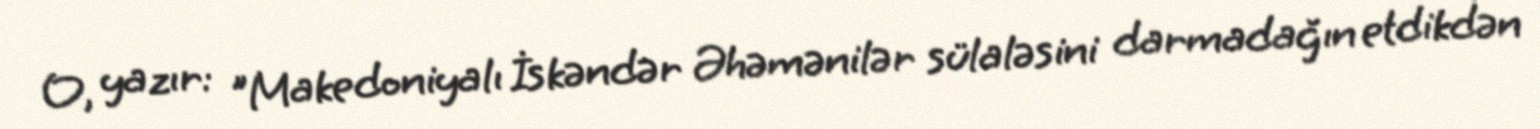
O, yazır: "Makedoniyalı İskəndər Əhəmənilər sülaləsini darmadağın etdikdən